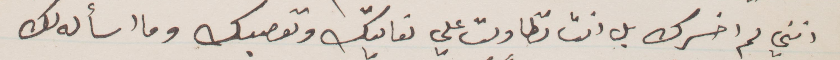
أنني لم اخسرك بل انت تطاولت علي  نعاتبك ونقصبك وما اساله لك